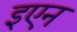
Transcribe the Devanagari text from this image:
इएन